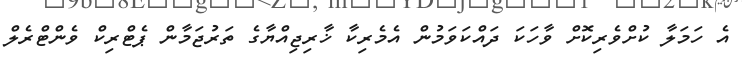
އެ ހަމަލާ ކުށްވެރިކޮށް ވާހަކަ ދައްކަވަމުން އެމެރިކާ ޚާރިޖިއްޔާގެ ތަރުޖަމާން ޕެޓްރިކް ވެންޓްރެލް